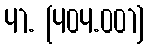
41. [404.001]